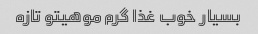
بسیار خوب غذا گرم موهیتو تازه